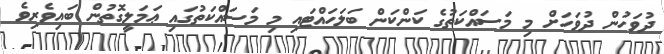
ދުވަހުން ދުވަހަށް މި މަސައްކަތުގެ ކަންކަން ބަލަހައްޓައި މި މަސައްކަތުގައި ޢަމަލީގޮތުން ބައިވެރިވެ